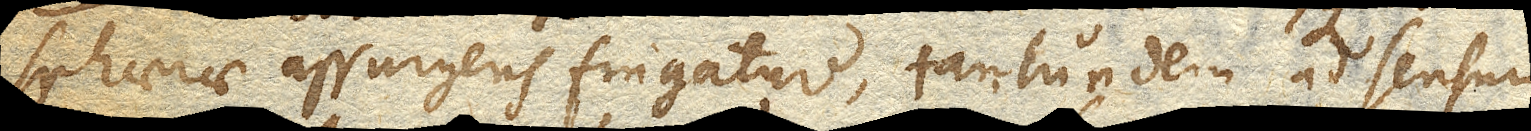
sphaerae assurgens fingatur, tntudnem ad sensum